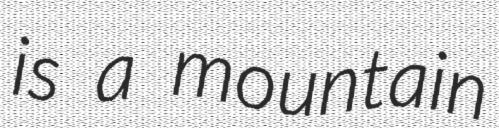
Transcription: is a mountain